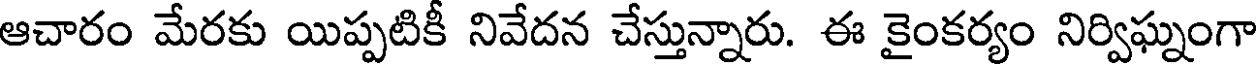
ఆచారం మేరకు యిప్పటికీ నివేదన చేస్తున్నారు. ఈ కైంకర్యం నిర్విఘ్నంగా